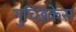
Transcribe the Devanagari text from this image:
गुच्छिकेस